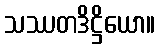
သဿတဒိဋ္ဌိယော။